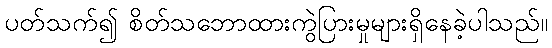
ပတ်သက်၍ စိတ်သဘောထားကွဲပြားမှုများရှိနေခဲ့ပါသည်။